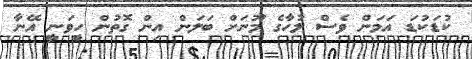
ކުޑަކުޑަ އަމަން ވެސް ލުހާގެ މޫނަށް ބަލަން އިން ގޮތުން ހީވަނީ އޭނާ